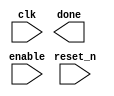
`timescale 1ns / 1ps
//////////////////////////////////////////////////////////////////////////////////
// Company: 
// Engineer: 
// 
// Design Name: 
// Module Name: timer_parameter
// Project Name: 
// Target Devices: 
// Tool Versions: 
// Description: 
// 
// Dependencies: 
// 
// Revision:
// Revision 0.01 - File Created
// Additional Comments:
// 
//////////////////////////////////////////////////////////////////////////////////


module timer_parameter 
    #(parameter FINAL_VALUE = 255)(
    input clk,
    input reset_n,
    input enable,
    output done
    );
    
    localparam BITS = $clog2(FINAL_VALUE);
    
    reg [BITS - 1:0] Q_reg, Q_next;
    
    always @(posedge clk, negedge reset_n)
    begin 
        if(~reset_n)
            Q_reg <= 'b0;
        else if(enable)
            Q_reg <= Q_next;
        else 
            Q_reg <= Q_reg;
    end
endmodule